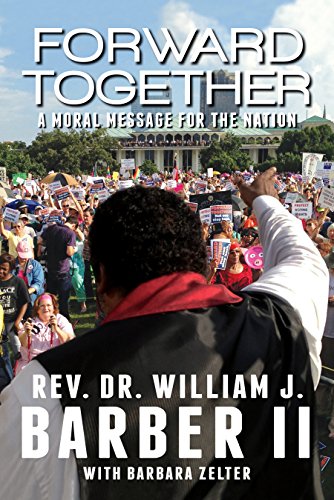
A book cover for Forward Together: A Moral Message for the Nation; Rev. Dr. William J. Barber II; Religion & Spirituality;